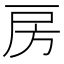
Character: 房